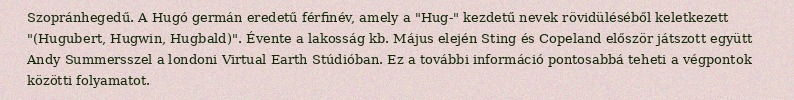
Szopránhegedű. A Hugó germán eredetű férfinév, amely a "Hug-" kezdetű nevek rövidüléséből keletkezett "(Hugubert, Hugwin, Hugbald)". Évente a lakosság kb. Május elején Sting és Copeland először játszott együtt Andy Summersszel a londoni Virtual Earth Stúdióban. Ez a további információ pontosabbá teheti a végpontok közötti folyamatot.